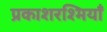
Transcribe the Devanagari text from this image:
प्रकाशरश्मियाँ